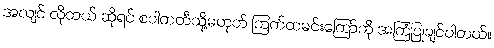
အလျင် လိုတယ် ဆိုရင် စပါကတီသို့မဟုတ် ကြက်ထမင်းကြော်ကို အကြံပြုချင်ပါတယ်။